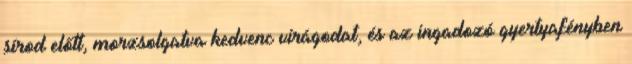
sírod előtt, morzsolgatva kedvenc virágodat, és az ingadozó gyertyafényben